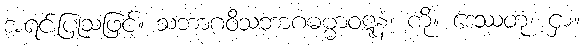
အရင်းပြုသဖြင့်။ သဘာဂဝိသဘာဂဓမ္မာဝဋ္ဋနံ၊ ကို။ ဒေဿတုံ၊ ငှာ။